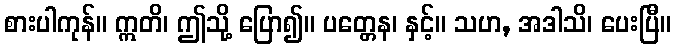
စားပါကုန်။ ဣတိ၊ ဤသို့ ပြော၍။ ပတ္တေန၊ နှင့်။ သဟ, အဒါသိ၊ ပေးပြီ။